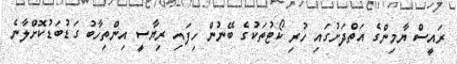
ރައީސް ޔާމިންގެ އަތްދަށުގައި ހުރި ކޯޓުތަކުގެ ބޭނުން ހިފައި ރިޔާސީ އިންތިހާބު ގަޑުބަޑުކޮށްލާނެ